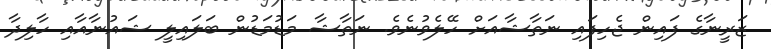
ޒަރީނާގެ ފައިން ޖެހިފައި ނަތާޝާއަށް ހޭލެވުނެވެ. ނަތާޝާ މަޑުމަޑުން ބަލައިލީ ޝައުނާއާއި ހާލިދާ